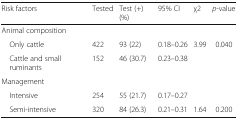
<table><thead><tr><td><b>Risk factors</b></td><td><b>Tested</b></td><td><b>Test (+) (%)</b></td><td><b>95% CI</b></td><td><b>χ2</b></td><td><b><i>p</i>-value</b></td></tr></thead><tbody><tr><td colspan="6">Animal composition</td></tr><tr><td> Only cattle</td><td>422</td><td>93 (22)</td><td>0.18–0.26</td><td>3.99</td><td>0.040</td></tr><tr><td> Cattle and small ruminants</td><td>152</td><td>46 (30.7)</td><td>0.23–0.38</td><td></td><td></td></tr><tr><td colspan="6">Management</td></tr><tr><td> Intensive</td><td>254</td><td>55 (21.7)</td><td>0.17–0.27</td><td></td><td></td></tr><tr><td> Semi-intensive</td><td>320</td><td>84 (26.3)</td><td>0.21–0.31</td><td>1.64</td><td>0.200</td></tr></tbody></table>